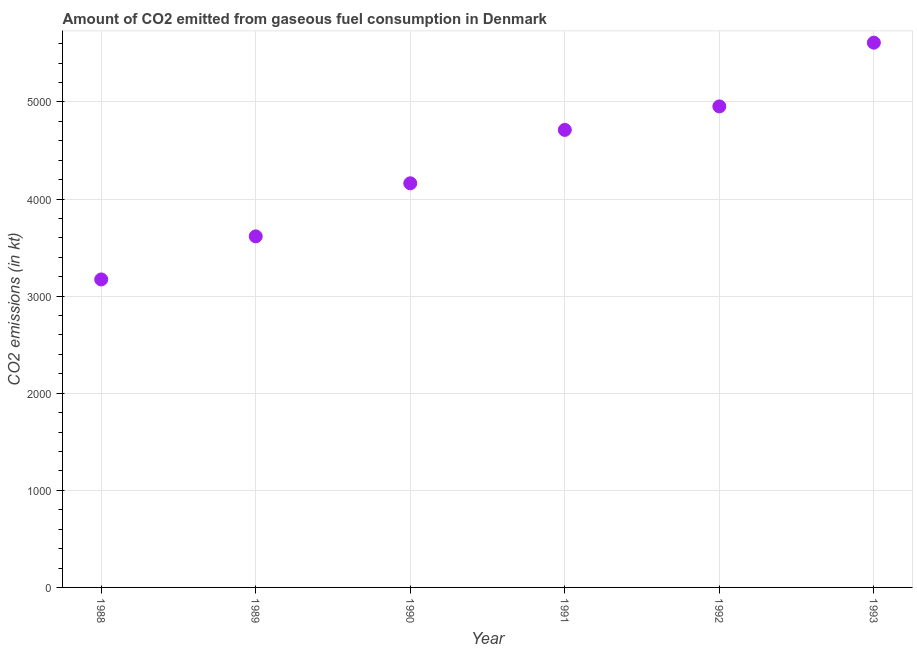
| Year | CO2 emissions from gaseous fuel consumption |
 | --- | --- |
 | 1988 | 3.17e+03 |
 | 1989 | 3.62e+03 |
 | 1990 | 4.16e+03 |
 | 1991 | 4.71e+03 |
 | 1992 | 4.95e+03 |
 | 1993 | 5.61e+03 |